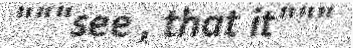
"""see , that it"""